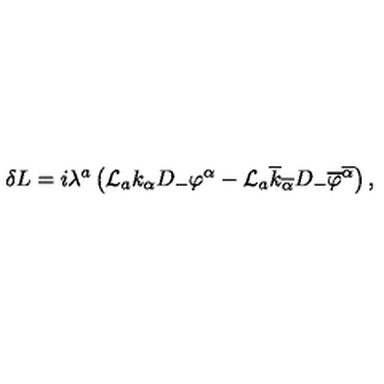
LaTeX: \delta L = i \lambda ^ { a } \left( { \cal L } _ { a } k _ { \alpha } D _ { - } \varphi ^ { \alpha } - { \cal L } _ { a } \overline { { k } } _ { \overline { { \alpha } } } D _ { - } \overline { { \varphi } } ^ { \overline { { \alpha } } } \right) ,